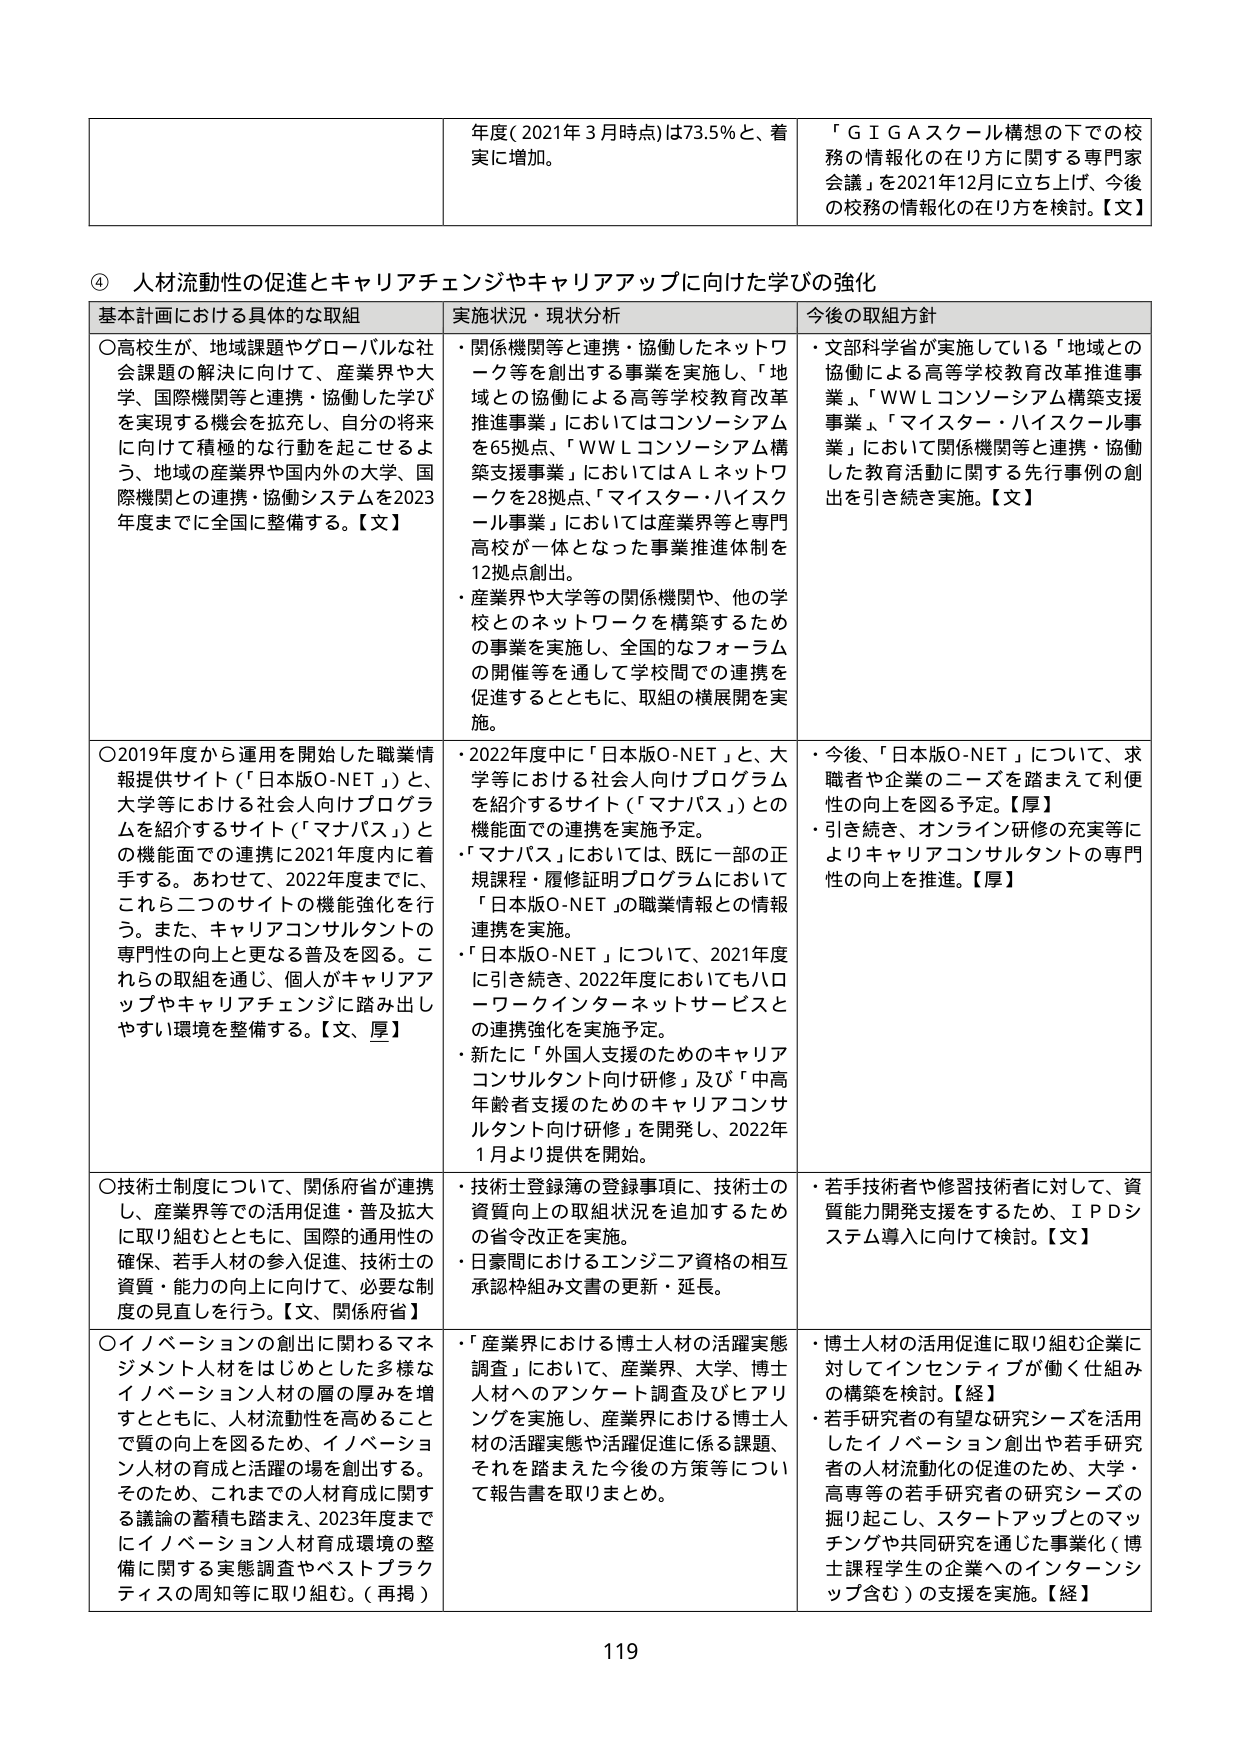
④ 人材流動性の促進とキャリアチェンジやキャリアアップに向けた学びの強化

基本計画における具体的な取組
○高校生が、地域課題やグローバルな社会課題の解決に向けて、産業界や大学、国際機関等と連携・協働した学びを実現する機会を拡充し、自分の将来に向けた積極的な行動を起こせるよう、地域の産業界や国内外の大学、国際機関との連携・協働システムを2023年度までに全国に整備する。【文】

○2019年度から運用を開始した職業情報提供サイト（「日本版O-NET」）と、大学等における社会人向けプログラムを紹介するサイト（「マナバス」）との機能面での連携に2021年度内に着手する。あわせて、2022年度までに、これら二つのサイトの機能強化を行う。また、キャリアコンサルタントの専門性の向上と更なる普及を図る。これらの取組を通じ、個人がキャリアアップやキャリアチェンジに踏み出しやすい環境を整備する。【文、厚】

○技術士制度について、関係府省が連携し、産業界等での活用促進・普及拡大に取り組むとともに、国際的通用性の確保、若手人材の参入促進、技術士の資質・能力の向上に向けて、必要な制度の見直しを行う。【文、関係府省】

○イノベーションの創出に関わるマネジメント人材をはじめとした多様なイノベーション人材の層の厚みを増すとともに、人材流動性を高めることで質の向上を図るため、イノベーション人材の育成と活躍の場を創出する。そのため、これまでの人材育成に関する議論の蓄積も踏まえ、2023年度までにイノベーション人材育成環境の整備に関する実態調査やベストプラクティスの周知等に取り組む。（再掲）

実施状況・現状分析
・関係機関等と連携・協働したネットワーク等を創出する事業を実施し、「地域との協働による高等学校教育改革推進事業」においてはコンソーシアムを65拠点、「WWLコンソーシアム構築支援事業」においてはＡＬネットワークを28拠点、「マイスター・ハイスクール事業」においては産業界等と専門高校が一体となった事業推進体制を12拠点創出。
・産業界や大学等の関係機関や、他の学校とのネットワークを構築するための事業を実施し、全国的なフォーラムの開催等を通じて学校間での連携を促進するとともに、取組の横展開を実施。

・2022年度中に「日本版O-NET」と、大学等における社会人向けプログラムを紹介するサイト（「マナバス」）との機能面での連携を実施予定。
・「マナバス」においては、既に一部の正規課程・履修証明プログラムにおいて「日本版O-NET」の職業情報との情報連携を実施。
・「日本版O-NET」について、2021年度に引き続き、2022年度においてもハローワークインターネットサービスとの連携強化を実施予定。
・新たに「外国人支援のためのキャリアコンサルタント向け研修」及び「中高年齢者支援のためのキャリアコンサルタント向け研修」を開発し、2022年1月より提供を開始。

・技術士登録簿の登録事項に、技術士の資質向上の取組状況を追加するための省令改正を実施。
・日豪間におけるエンジニア資格の相互承認枠組み文書の更新・延長。

・「産業界における博士人材の活躍実態調査」において、産業界、大学、博士人材へのアンケート調査及びヒアリングを実施し、産業界における博士人材の活躍実態や活躍促進に係る課題、それを踏まえた今後の方策等について報告書を取りまとめ。

今後の取組方針
・文部科学省が実施している「地域との協働による高等学校教育改革推進事業」、「WWLコンソーシアム構築支援事業」、「マイスター・ハイスクール事業」において関係機関等と連携・協働した教育活動に関する先行事例の創出を引き続き実施。【文】

・今後、「日本版O-NET」について、求職者や企業のニーズを踏まえて利便性の向上を図る予定。【厚】
・引き続き、オンライン研修の充実等によりキャリアコンサルタントの専門性の向上を推進。【厚】

・若手技術者や修習技術者に対して、資質能力開発支援をするため、IPDシステム導入に向けて検討。【文】

・博士人材の活用促進に取り組む企業に対してインセンティブが働く仕組みの構築を検討。【経】
・若手研究者の有望な研究シーズを活用したイノベーション創出や若手研究者の人材流動化の促進のため、大学・高専等の若手研究者の研究シーズの掘り起こし、スタートアップとのマッチングや共同研究を通じた事業化（博士課程学生の企業へのインターンシップ含む）の支援を実施。【経】

年度（2021年3月時点）は73.5％と、着実に増加。

「ＧＩＧＡスクール構想の下での校務の情報化の在り方に関する専門家会議」を2021年12月に立ち上げ、今後の校務の情報化の在り方を検討。【文】

119